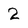
Character: 2